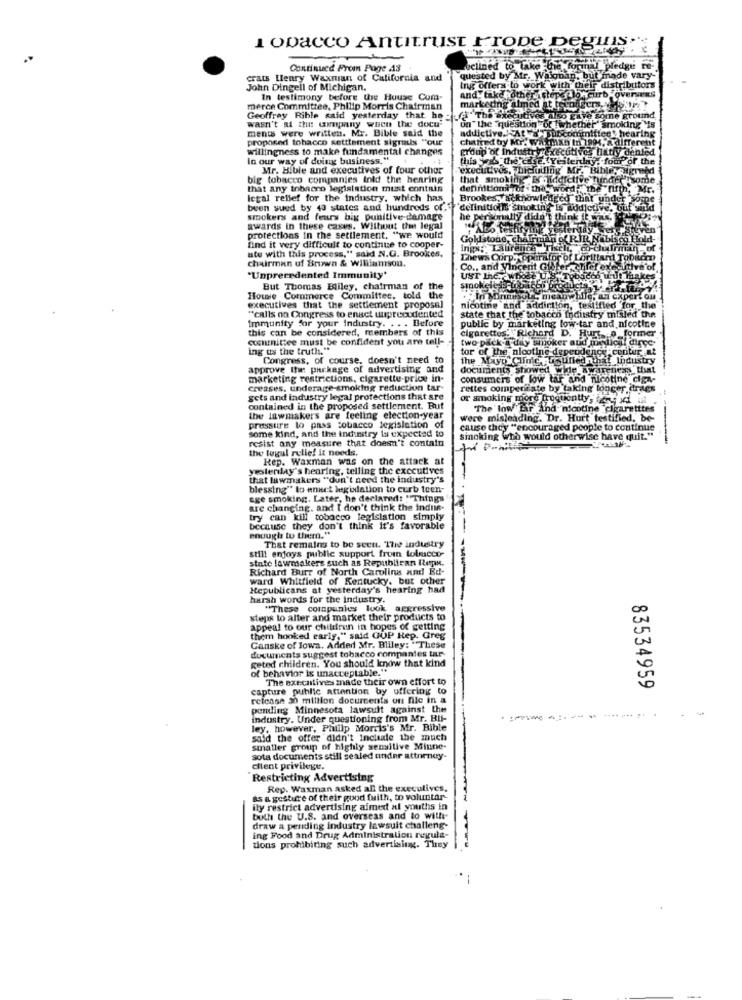
1 opacco Antitrust FroDe De
-
Continued From Poge 43
clined to take the formal pledge re-
crats Henry Waxman of California and
quested by Mr. Waignan, bu
but made vary -*
John Dingell of Michigan.
and take other che
Ing offers to work with their distributors
In testimony before the House Cum-
curb overseas
merce Committee, Philip Morris Chairman
marketing almed at ternigera.
Geoffrey Rible said yesterday that he : fi" The executive
also give some
wasn't at the uxmpany when the docu-
ments were written. Mr. Bible said the
un" the question of whether
addictive.+At ay ubcommittee!
proposed tobacco settlement signals ""our
chatred by Mr. watman In 1994, 2
willingness to make fundamental changes
group of Industryexecutives lati
in our way of doing business."
this job the Ele. Yeilenlay, for
ir the
Mr. Bible and executives of four othor
"executives, Thicuilog Mr, Bil
big tobacco companies told the hearing
that smoking Br defett
that any tobacco legislation must contain
definitionì nof the_
MR.
legal relief for the industry, which has
Brookes yacknowledged that under
buen sued by 49 states and hundreds of,
'definitiolis Smoking Is addictive, ouf wild
smokers and feurs big punitive-damage
he per normally didn't think te wind. .
awards in these cases. Without the legal
protections in the settlement. "we would
Goll stone, chairman of RIR Nabl
ate with this process," said N.G. Brookes,
find it very difficult to continue to cooper-
ings:Laurence Tie
-Chairman-
chairman uf Brown & Williamson.
Thews Corps opurifor of Lorilland T
Co ., and Vincent Gierer
Tilef exe
"Unprecedented Immunity'
UST the. whod
smokeless tobic
But Thomas Bliley, chairman of the
Howe Commerce Committee, told the
. In Moinmisol, men
. an Cxper
executives that the settlement proposal
state that the tobacco Industry misled the
nicotine and addiction, testified for the
"calls on Congress to enact uprecudented
this can be considered, members of this
Immunity for your Industry. . . . Before
public by marketing low-tar and nicotine
cigarettes: Richard D. Hurt
former
committee must be confident you are tell-
two-pack-a day smoker aud me
icil dince-
ing as the truth."
tor of the nicotine dependence-center .at
Congress, of course, doesn't need to
the Mayo Clinic A sufiednihal Industry
approve the package of advertising and
documents showed wide awareness that
marketing restrictions, cigarette-price in-
consumers of low tar and nicotine dign-
creases. underage-smoking reduction tar-
rettes compensate by taking tonger drags
gets and industry legal protections that are
or smoking more frequently,9 x1 ul
contained in the proposed settlement. But
The low Lir ind nicotine cigaretttes
the lawmakers are feeling election-year
were misleading. Dr. Hurt testified, be-
pressure lo pass tobacco legislation of
cause they "encouraged people to continue
some kind, and the industry is expected to
resist any measure that doesn't contain
smoking who would otherwise have quit."
the togul relief it needs.
Rep. Waxman was on the attack at
yesterday's hearing, telling the executives
that lawmakers "dun't need the industry's
blessing" to enuct legislation to curb teen
age smoking. Later, he declared: "Things
are changing. and I don't think the indus-
try can kill tobacco legislation simply
because they don't think it's favorable
enough to them."
still enjoys public support from tolmicco-
That remains to be secu. The industry
state lawmakers such as Republican Repu.
Richard Burr of North Carolina and! Bd-
ward Whitfield of Kentucky, but other
Republicans at yesterday's hearing had
harsh words for the industry.
"These companies look aggressive
steps to alter and market their products to
appeal to our children in hopes of getting
them hooked early," said GUP Rep. Greg
Ganske of Iowa. Added Mr. Bliley: "These
documents suggest tobacco companies tar
geted children. You should know that kind
of behavior is unacceptable."
The executives made their own effort to
capture public attention by offering to
83534959
rcicase 30 million documents on Dle in a
pending Minnesota lawsuit against the
industry. Under questioning from Mr. BU-
ley, however, Phillp Morris's Mr. Bible
said the offer didn't Include the much
smaller group of highly sensitive Minne-
sota documents still sealed under attorney-
client privilege.
Restricting Advertising
Rep. Waxman asked all the execu
as a gestire of their good faith, to voluntar-
ily restrict advertising aimed al youths in
buth the U.S. and overseas and lo with-
draw a pending industry lawsuit challeng-
ing Food and Drug Administration regula-
tions prohibiting such advertising. They